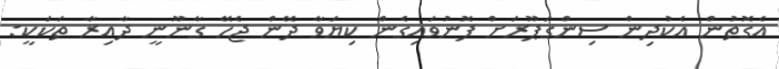
އެގޮތުން އެކުދިން ސިންގަޕޫރަށް ފޮނުވައިގެން ކިޔަވާ ދޭން ޖެހޭ ގާނޫނީ ދާއިރާ ތަކަކީ: